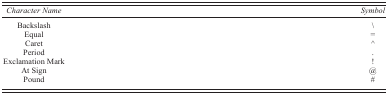
<table><thead><tr><td><b><i>Character Name</i></b></td><td><b><i>Symbol</i></b></td></tr></thead><tbody><tr><td>Backslash</td><td>\</td></tr><tr><td>Equal</td><td>=</td></tr><tr><td>Caret</td><td>^</td></tr><tr><td>Period</td><td>.</td></tr><tr><td>Exclamation Mark</td><td>!</td></tr><tr><td>At Sign</td><td>@</td></tr><tr><td>Pound</td><td>#</td></tr></tbody></table>